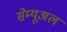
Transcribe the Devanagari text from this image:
सेम्यूअल